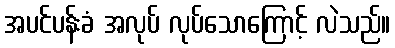
အပင်ပန်းခံ အလုပ် လုပ်သောကြောင့် လဲသည်။